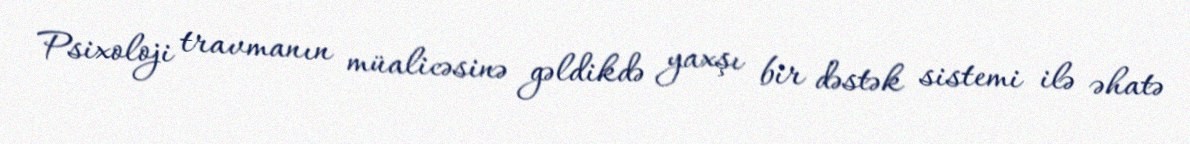
Psixoloji travmanın müalicəsinə gəldikdə yaxşı bir dəstək sistemi ilə əhatə